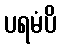
ပရမံပိ